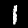
Digit: 1